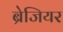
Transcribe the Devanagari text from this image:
ब्रेजियर